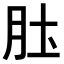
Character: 𫆖